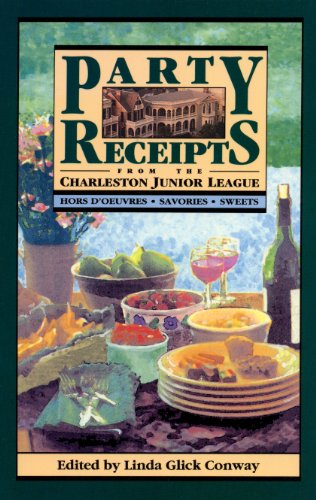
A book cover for Party Receipts from the Charleston Junior League: Hors D'Oeuvres, Savories, Sweets; Cookbooks, Food & Wine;